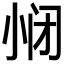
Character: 𱚥